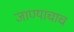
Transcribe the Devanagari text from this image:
जाण्याचाच